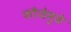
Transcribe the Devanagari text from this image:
फौजेमुळे